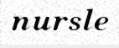
nursle